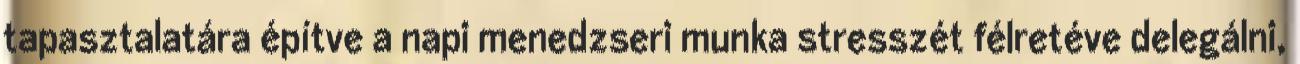
tapasztalatára építve a napi menedzseri munka stresszét félretéve delegálni,